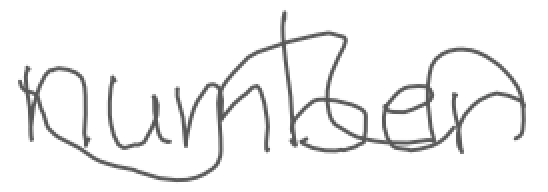
Text: number
Cross-out: wave
Writing tool: digital_gray